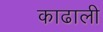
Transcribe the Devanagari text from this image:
काढाली